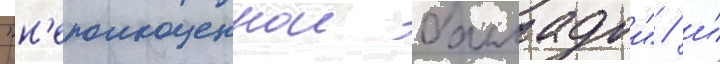
"н'еполноценнои балладои" / и́